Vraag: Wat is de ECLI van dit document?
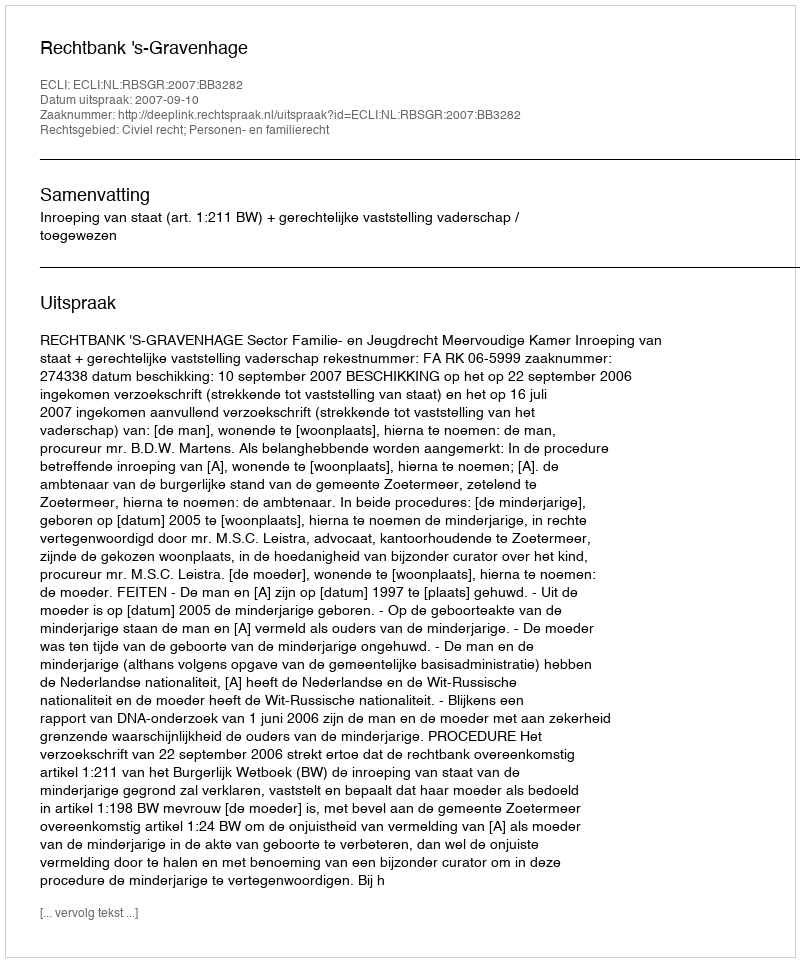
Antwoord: ECLI:NL:RBSGR:2007:BB3282